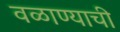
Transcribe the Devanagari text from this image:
वळाण्याची